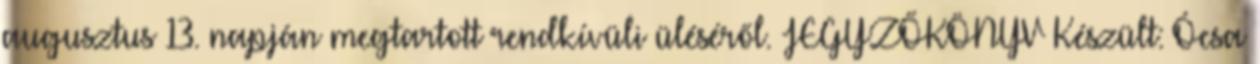
augusztus 13. napján megtartott rendkívüli üléséről. JEGYZŐKÖNYV Készült: Ócsa